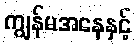
ကျွန်မအနေနှင့်